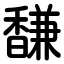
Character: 馦